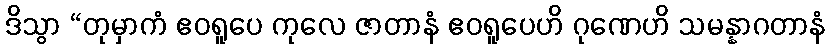
ဒိသွာ “တုမှာကံ ဧဝရူပေ ကုလေ ဇာတာနံ ဧဝရူပေဟိ ဂုဏေဟိ သမန္နာဂတာနံ